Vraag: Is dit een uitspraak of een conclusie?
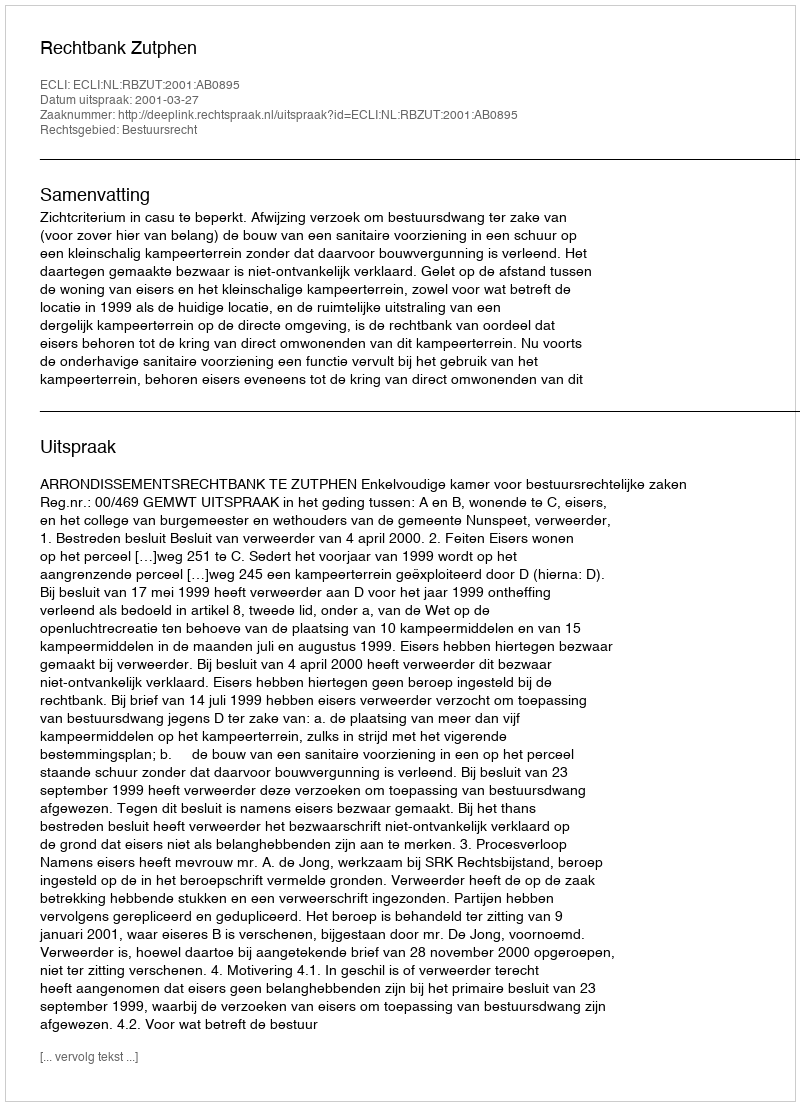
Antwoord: Uitspraak